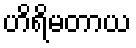
ဟိရိမတာယ